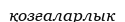
қозғаларлык